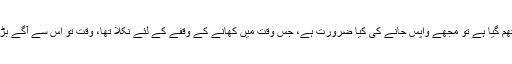
لیکن وقت اگر تھم گیا ہے تو مجھے واپس جانے کی کیا ضرورت ہے، جس وقت میں کھانے کے وقفے کے لئے نکلا تھا، وقت تو اس سے آگے بڑھا ہی نہیں ہے۔